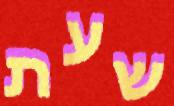
שעת